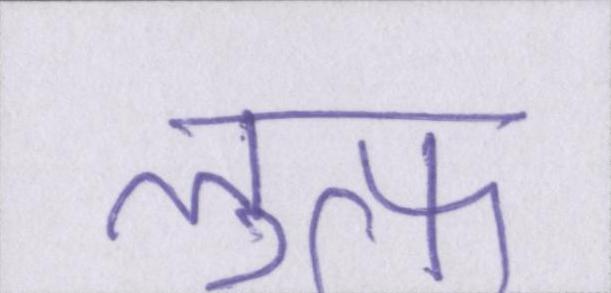
लुत्फ